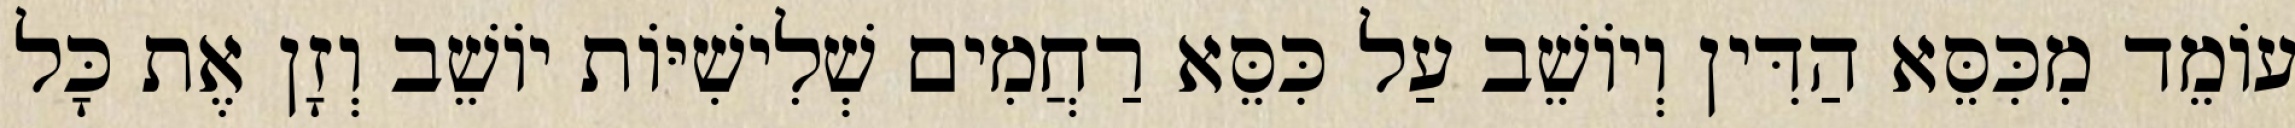
עוֹמֵד מִכִּסֵּא הַדִּין וְיוֹשֵׁב עַל כִּסֵּא רַחֲמִים שְׁלִישִׁיּוֹת יוֹשֵׁב וְזָן אֶת כָּל